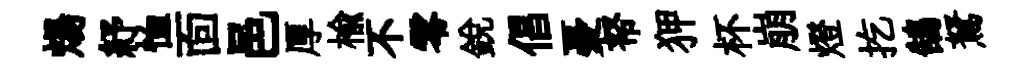
煬紓恤靣邑厚榆不零銳倡憂帑狎杯崩燈扢鵠駑